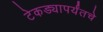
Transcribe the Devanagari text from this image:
टेकड्यापर्यंतचे